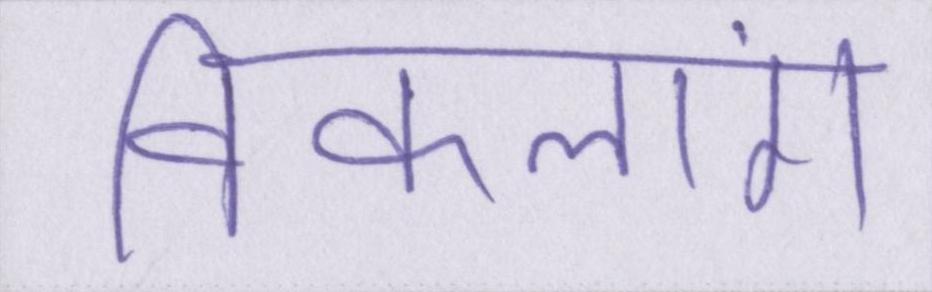
विकलांग